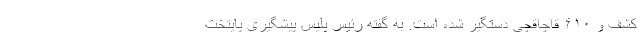
کشف و ۶۱۰ قاچاقچی دستگیر شده است. به گفته رئیس پلیس پیشگیری پایتخت